Civil Veterinary Department Bengal reports 1933-51 - 1933-1951
Year: 1933
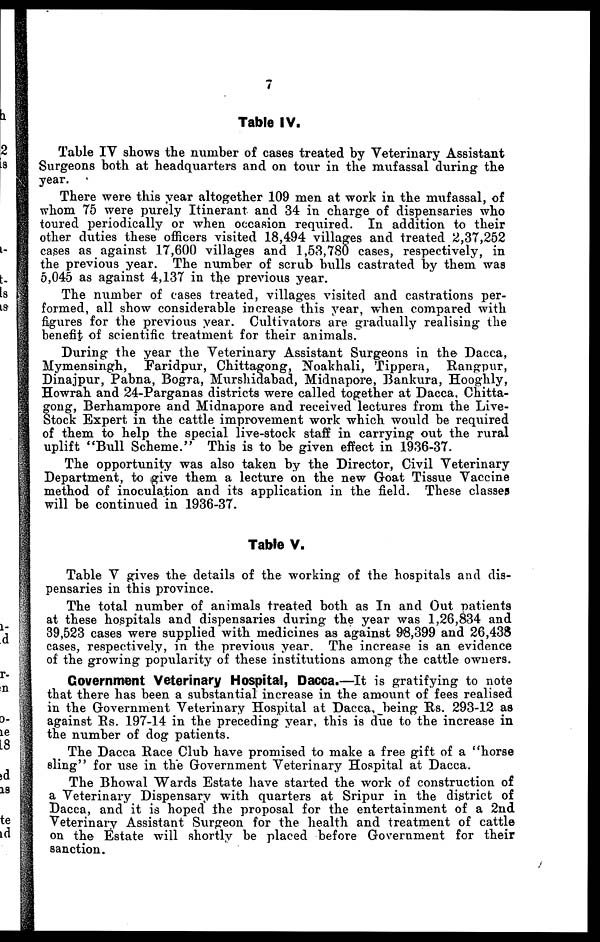
Table IV.
Table IV shows the number of cases treated by Veterinary Assistant
Surgeons both at headquarters and on tour in the mufassal during the
year.
There were this year altogether 109 men at work in the mufassal, of
whom 75 were purely Itinerant and 34 in charge of dispensaries who
toured periodically or when occasion required. In addition to their
other duties these officers visited 18,494 villages and treated 2,37,252
cases as against 17,600 villages and 1,53,780 cases, respectively, in
the previous year. The number of scrub bulls castrated by them was
5,045 as against 4,137 in the previous year.
The number of cases treated, villages visited and castrations per-
formed, all show considerable increase this year, when compared with
figures for the previous year. Cultivators are gradually realising the
benefit of scientific treatment for their animals.
During the year the Veterinary Assistant Surgeons in the Dacca,
Mymensingh, Faridpur, Chittagong, Noakhali, Tippera,
Rangpur,
Dinajpur, Pabna, Bogra, Murshidabad, Midnapore, Bankura, Hooghly,
Howrah and 24-Parganas districts were called together at Dacca, Chitta-
gong, Berhampore and Midnapore and received lectures from the Live-
stock Expert in the cattle improvement work which would be required
of them to help the special live-stock staff in carrying out the rural
uplift "Bull Scheme." This is to be given effect in 1936-37.
The opportunity was also taken by the Director, Civil Veterinary
Department, to (give them a lecture on the new Goat Tissue Vaccine
method of inoculation and its application in the field. These classes
will be continued in 1936-37.
Table V.
Table V gives the details of the working of the hospitals and dis-
pensaries in this province.
The total number of animals treated both as In and Out patients
at these hospitals and dispensaries during the year was 1,26,834 and
39,523 cases were supplied with medicines as against 98,399 and 26,438
cases, respectively, in the previous year. The increase is an evidence
of the growing popularity of these institutions among the cattle owners.
Government Veterinary Hospital, Dacca.—It is gratifying to note
that there has been a substantial increase in the amount of fees realised
in the Government Veterinary Hospital at Dacca, being Rs. 293-12 as
against Rs. 197-14 in the preceding year, this is due to the increase in
the number of dog patients.
The Dacca Race Club have promised to make a free gift of a "horse
sling" for use in the Government Veterinary Hospital at Dacca.
The Bhowal Wards Estate have started the work of construction of
a Veterinary Dispensary with quarters at Sripur in the district of
Dacca, and it is hoped the proposal for the entertainment of a 2nd
Veterinary Assistant Surgeon for the health and treatment of cattle
on the Estate will shortly be placed before Government for their
sanction.